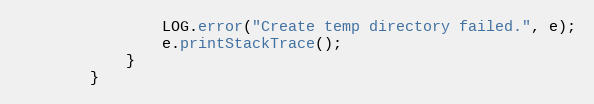
Language: Java
                LOG.error("Create temp directory failed.", e);
                e.printStackTrace();
            }
        }